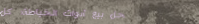
محل بيع أدوات الخياطة: كل